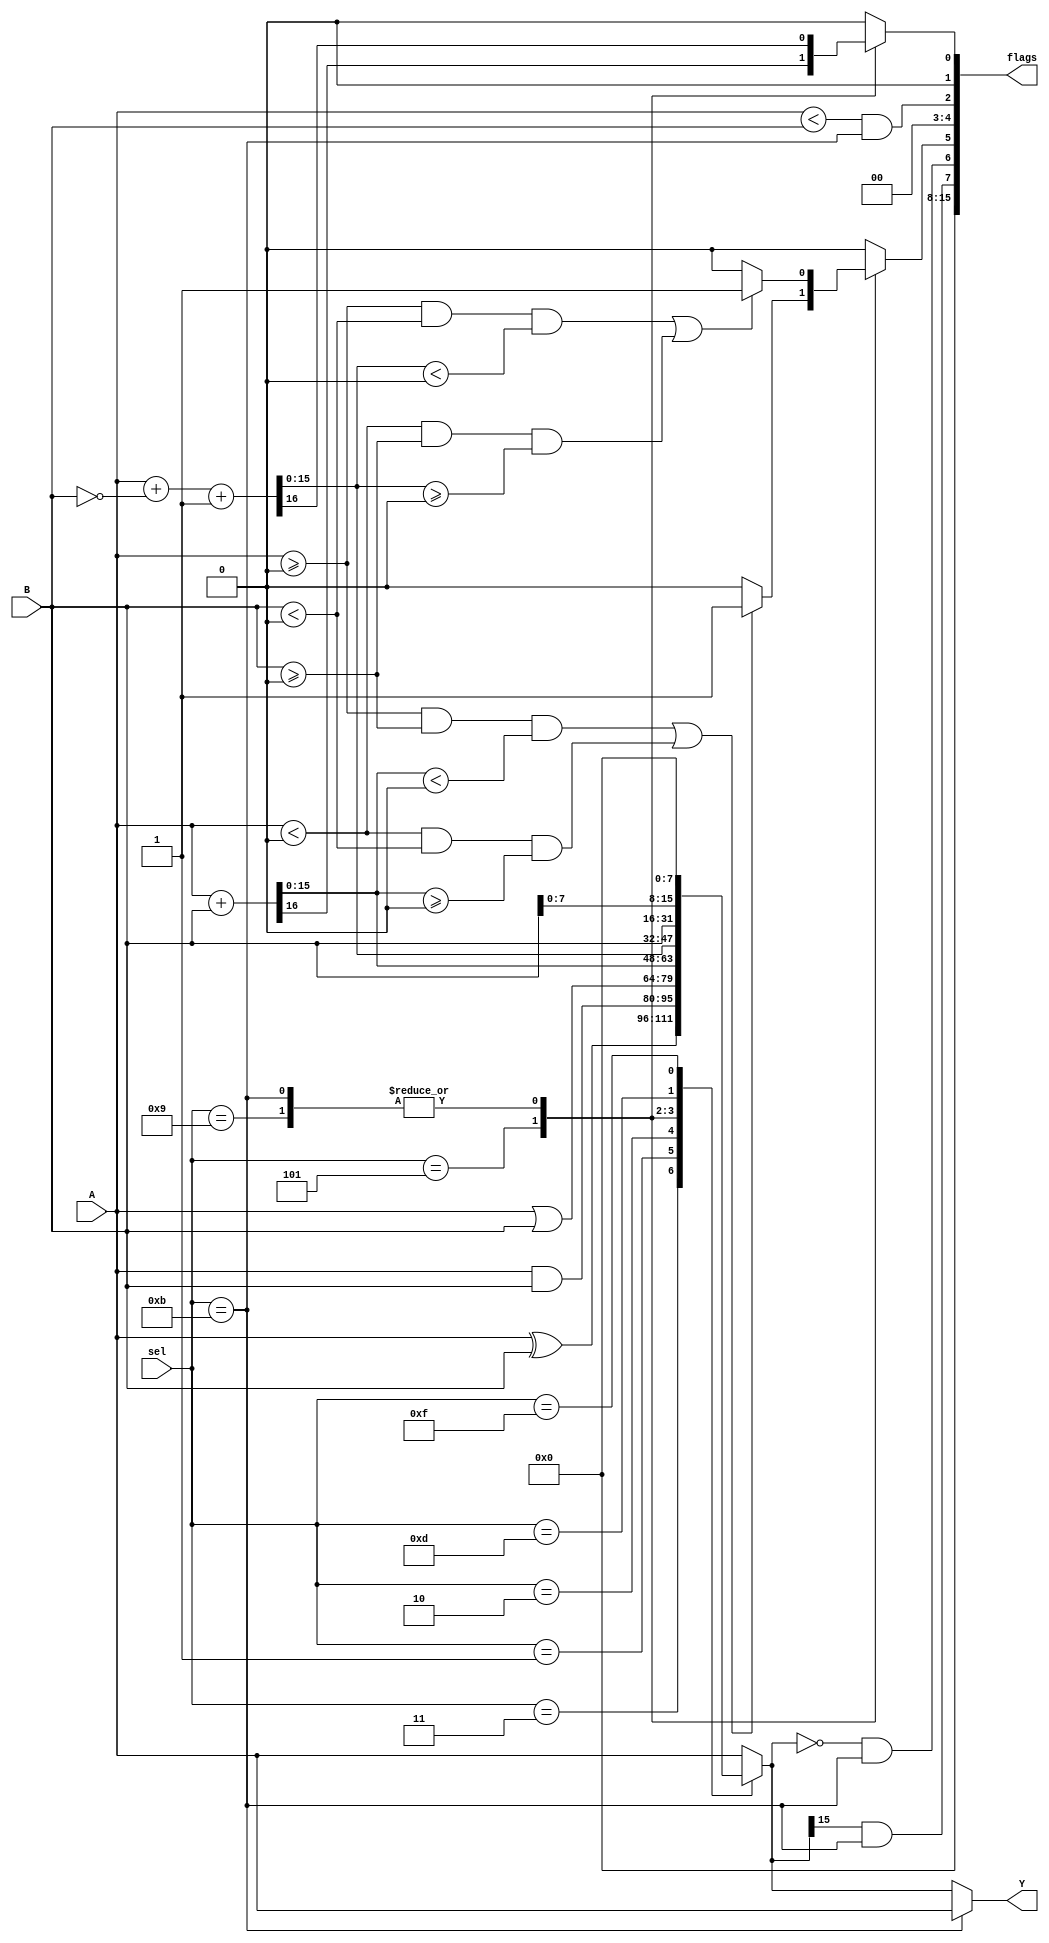
`timescale 1ns / 1ps
//////////////////////////////////////////////////////////////////////////////////
// Company: 
// Engineer: 
// 
// Design Name: 
// Module Name:    aluparam_behav 
// Project Name: 
// Target Devices: 
// Tool versions: 
// Description: 
//
// Dependencies: 
//
// Revision: 
// Revision 0.01 - File Created
// Additional Comments: 
//
//////////////////////////////////////////////////////////////////////////////////
module alu_behav
	( output [15:0] Y,
	  output [15:0] flags,
	  input [15:0] A,
	  input [15:0] B,
	  input [3:0] sel
    );
	 
	 
	 reg [15:0] outreg;
	 reg [15:0] flagreg;
	 
	 reg carry;
	 reg overflow;
	 
	 always @(A, B, sel) begin
		
		flagreg = 0;
		carry = 0;
		overflow = 0;
		
		case(sel)
			4'b0011: begin						// XOR
							outreg = A ^ B;
						end
			4'b0001: begin						// AND
							outreg = A & B;
						end
			4'b0010: begin						// OR
							outreg = A | B;
						end
			4'b0101: begin						// ADD
							{carry, outreg} = A + B;
							overflow = (($signed(A) >= 0 && $signed(B) >= 0 && $signed(outreg) < 0) || ($signed(A) < 0 && $signed(B) < 0 && $signed(outreg) >= 0)) ? 1'b1 : 1'b0;
						end
			4'b1001, 
			4'b1011:	begin						// SUB or CMP
							{carry, outreg} = A + ~B + 1'b1;
							overflow = (($signed(A) >= 0 && $signed(B) < 0 && $signed(outreg) < 0) || ($signed(A) < 0 && $signed(B) >= 0 && $signed(outreg) >= 0)) ? 1'b1 : 1'b0;
						end
			4'b1101: begin						// MOV
							outreg = B;
						end
			4'b1111: begin						// Load Upper
							outreg = { B[7:0], {(8){1'b0}} };
						end
						
			default: begin 
							outreg = A;			// Do nothing 
							flagreg = 0;
						end
			
		endcase
					
		flagreg[0] = carry;	// Carry set by ADD and SUB only.
		flagreg[2] = (A < B) && (sel == 4'b1011);	// Low Flag set by CMP only.
		flagreg[5] = overflow; // Overflow set by ADD and SUB only.
		flagreg[6] = (outreg == 16'b0) && (sel == 4'b1011); // Zero Flag set by CMP only.
		flagreg[7] = outreg[15] && (sel == 4'b1011); // Negative (Sign) Flag set by CMP only.
		
		if(sel == 4'b1011) begin
			outreg = A;
		end
		
	 end
	 
	 assign Y = outreg;
	 assign flags = flagreg;
		
endmodule